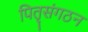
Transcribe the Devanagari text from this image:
पितृसंगठन